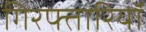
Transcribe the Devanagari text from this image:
गिरफ्तारियॉ